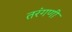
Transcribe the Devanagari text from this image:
तरंगणी